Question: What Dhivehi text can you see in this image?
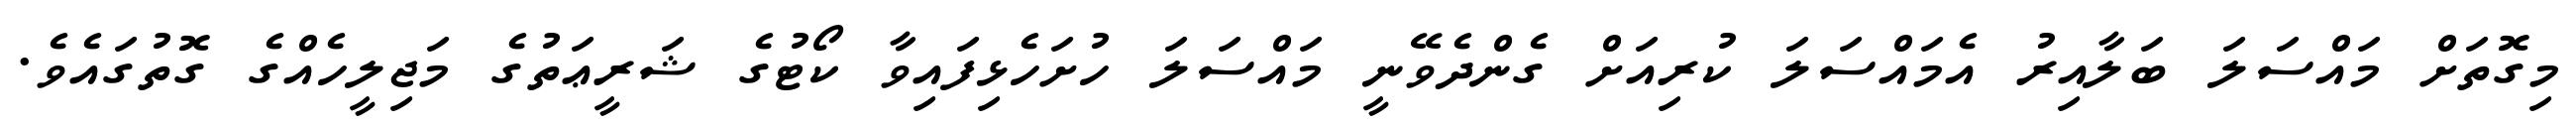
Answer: މިގޮތަށް މައްސަލަ ބަލާއިރު އެމައްސަލަ ކުރިއަށް ގެންދެވޭނީ މައްސަލަ ހުށަހެޅިފައިވާ ކޯޓުގެ ޝަރީޢަތުގެ މަޖިލީހެއްގެ ގޮތުގައެވެ.